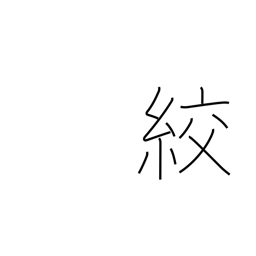
Meaning: strangle